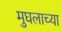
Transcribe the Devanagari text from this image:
मुघलाच्या